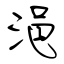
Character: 浥